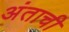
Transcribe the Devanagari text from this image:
अंताची